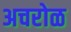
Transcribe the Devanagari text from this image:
अचरोळ